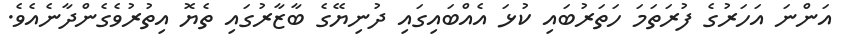
އަންނަ އަހަރުގެ ފުރަތަމަ ހަތަރުބައި ކުޅަ އެއްބައިގައި ދުނިޔޭގެ ބާޒާރުގައި ތެޔޮ އިތުރުވެގެންދާނެއެވެ.